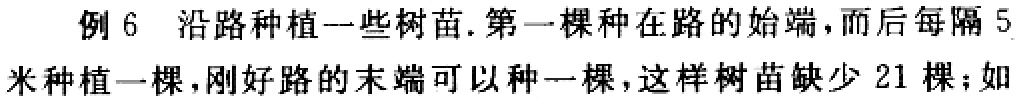
例 6 沿路种植一些树苗. 第一棵种在路的始端, 而后每隔 5米种植一棵, 刚好路的末端可以种一棵, 这样树苗缺少 21 棵; 如